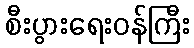
စီးပွားရေးဝန်ကြီး